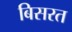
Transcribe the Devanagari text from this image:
बिसरत